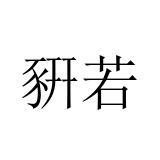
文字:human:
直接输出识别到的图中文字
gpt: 豣若